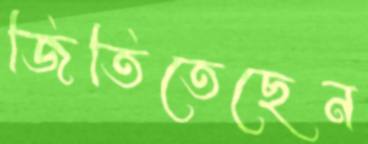
জিতিতেছেন